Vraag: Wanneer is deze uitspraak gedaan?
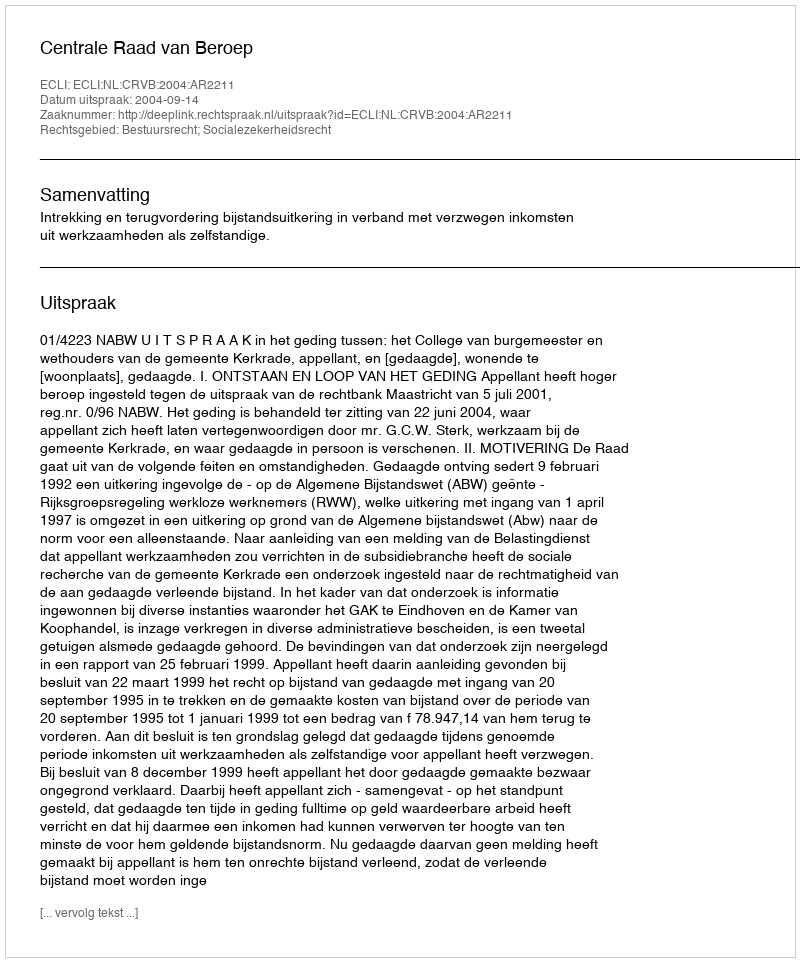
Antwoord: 2004-09-14